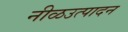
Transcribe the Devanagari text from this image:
नीळउत्पादन